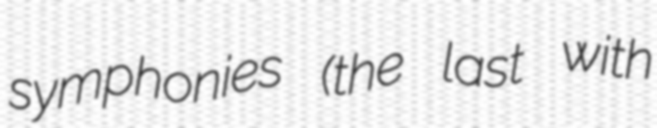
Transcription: symphonies (the last with